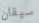
سيقان